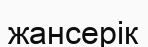
жансерік